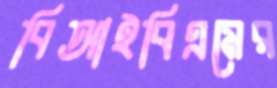
বিআইবিএমের